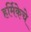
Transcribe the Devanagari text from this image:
हर्मिकेचे